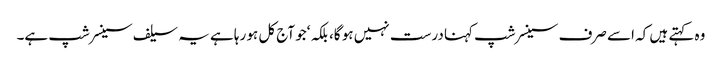
وہ کہتے ہیں کہ اسے صرف سینسرشپ کہنا درست نہیں ہو گا، بلکہ ‘جو آج کل ہو رہا ہے یہ سیلف سینسر شپ ہے۔